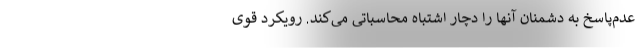
عدم‌پاسخ به دشمنان آنها را دچار اشتباه محاسباتی می‌کند. رویکرد قوی